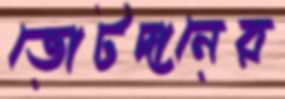
ভোটদানের